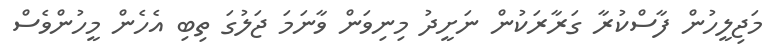
މަޖިލީހުން ފާސްކުރާ ގަރާރަކުން ނަށީދު މިނިވަން ވާނަމަ ޖަލުގަ ތިބި އެހެން މީހުންވެސް